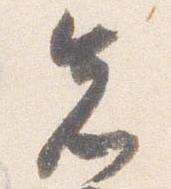
先